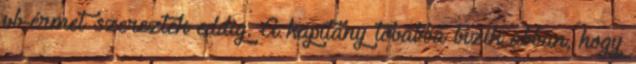
vb-érmet szereztek eddig. A kapitány továbbá bízik abban, hogy